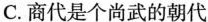
C.商代是个尚武的朝代